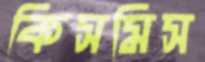
কিসমিস